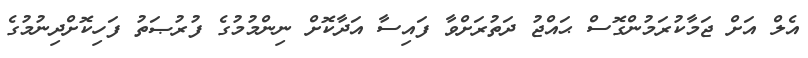
އެލް އަށް ޖަމާކުރަމުންގޮސް ޙައްޖު ދަތުރަށްވާ ފައިސާ އަދާކޮށް ނިންމުމުގެ ފުރުޞަތު ފަހިކޮށްދިނުމުގެ